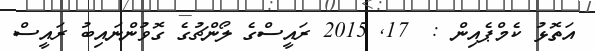
އަތޮޅު ކެމްޕެއިން :  17